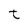
Character: t